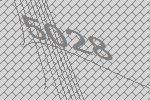
5028